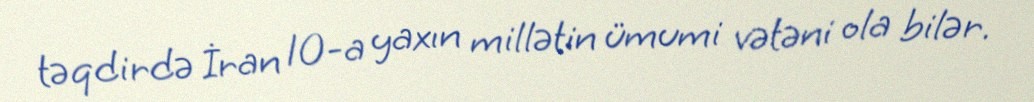
təqdirdə İran 10-a yaxın millətin ümumi vətəni ola bilər.